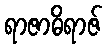
ရာဇာဓိရာဇ်